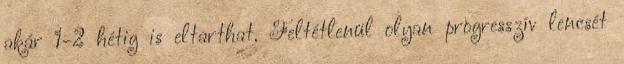
akár 1-2 hétig is eltarthat. Feltétlenül olyan progresszív lencsét